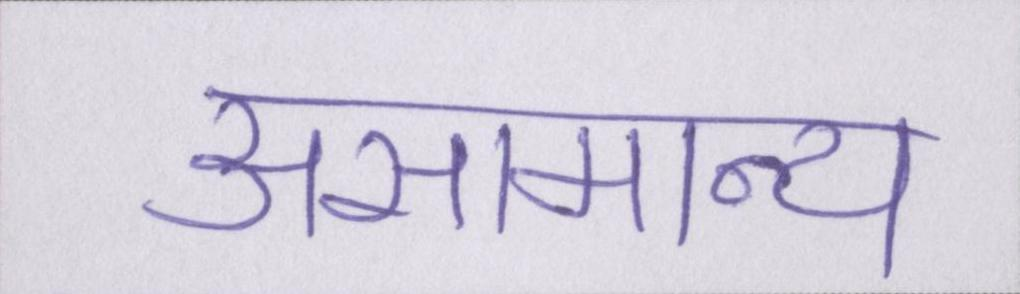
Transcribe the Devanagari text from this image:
असामान्य